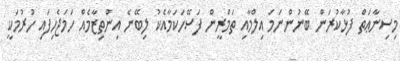
މިސިނާޢަތް ފުޅާކުރަން ބޭނުންނަމަ އިލްމާއި ތަމްރީން ފަސޭހަކަމާއެކު ލިބޭނެ އިންތިޒާމެއް ހަމަޖެހިފައި ހުރުމަކީ